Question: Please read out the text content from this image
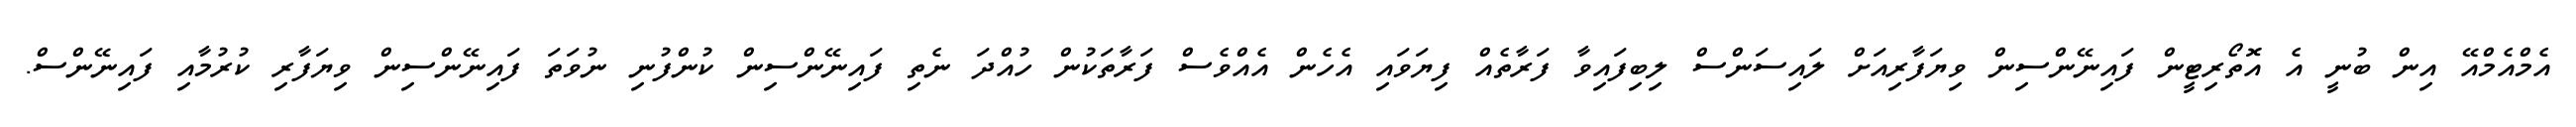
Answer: އެމްއެމްއޭ އިން ބުނީ އެ އޮތޯރިޓީން ފައިނޭންސިން ވިޔަފާރިއަށް ލައިސަންސް ލިބިފައިވާ ފަރާތެއް ފިޔަވައި އެހެން އެއްވެސް ފަރާތަކުން ހުއްދަ ނެތި ފައިނޭންސިން ކުންފުނި ނުވަތަ ފައިނޭންސިން ވިޔަފާރި ކުރުމާއި ފައިނޭންސް.